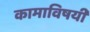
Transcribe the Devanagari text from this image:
कामाविषयी